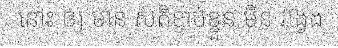
នោះ ឲ្យ មាន សតិខ្ជាប់ខ្ជួន មិន វង្វេង